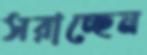
সরাচ্ছেন